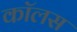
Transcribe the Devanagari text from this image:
कॉलस